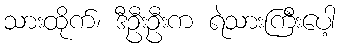
သားထိုက်၊ ဒီဦးဦးက ရဲသားကြီးပေါ့